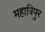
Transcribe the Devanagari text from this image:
महात्रिपुर